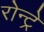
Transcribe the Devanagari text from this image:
रोन्ट्रे